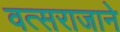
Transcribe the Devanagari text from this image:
वत्सराजाने